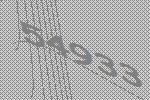
54933